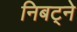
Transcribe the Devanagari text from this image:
निबट्ने